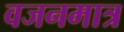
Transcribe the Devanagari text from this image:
वजनमात्र